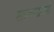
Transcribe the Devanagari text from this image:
शासनपद्धतियों